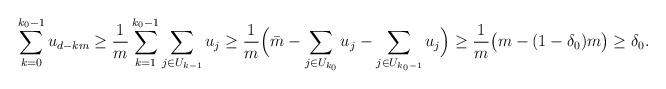
LaTeX: \begin{align*} \sum_{k=0}^{k_0-1}u_{d-km}\ge\frac{1}{m}\sum_{k=1}^{k_0-1}\sum_{j\in U_{k-1}}u_j \ge\frac{1}{m}\Big(\bar{m}-\sum_{j\in U_{k_0}}u_j-\sum_{j\in U_{k_0-1}}u_j\Big)\ge\frac{1}{m}\big(m-(1-\delta_0)m\big)\ge\delta_0.\end{align*}